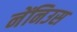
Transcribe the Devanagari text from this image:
नेंनिउस